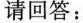
请回答：